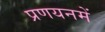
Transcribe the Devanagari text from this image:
प्रणयनमें